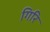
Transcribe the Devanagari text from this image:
गिरि